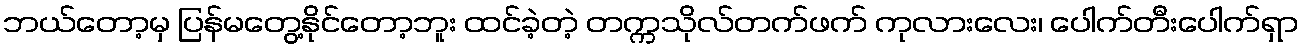
ဘယ်တော့မှ ပြန်မတွေ့နိုင်တော့ဘူး ထင်ခဲ့တဲ့ တက္ကသိုလ်တက်ဖက် ကုလားလေး၊ ပေါက်တီးပေါက်ရှာ